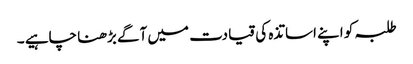
طلبہ کو اپنے اساتذہ کی قیادت میں آگے بڑھنا چاہیے ۔